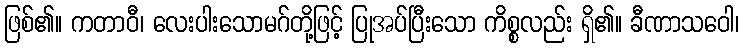
ဖြစ်၏။ ကတာဝီ၊ လေးပါးသောမဂ်တို့ဖြင့် ပြုအပ်ပြီးသော ကိစ္စလည်း ရှိ၏။ ခီဏာသဝေါ၊